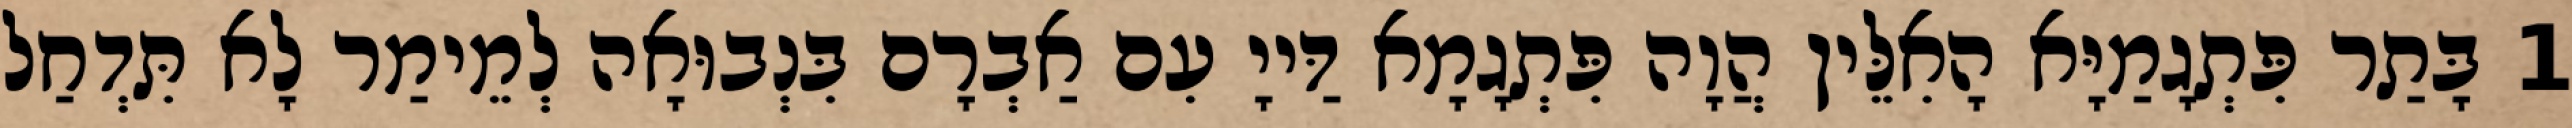
1 בָּתַר פִּתְגָמַיָּא הָאִלֵּין הֲוָה פִּתְגָמָא דַּייָ עִם אַבְרָם בִּנְבוּאָה לְמֵימַר לָא תִּדְחַל